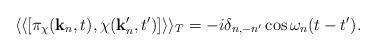
LaTeX: \begin{align*}\langle \langle [ \pi_{\chi}({\bf k}_n,t), \chi({\bf k}'_n,t') ]\rangle \rangle_T =-i\delta_{n,-n'} \cos \omega_n(t-t').\end{align*}